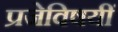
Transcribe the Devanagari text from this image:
प्रजेविषयीं